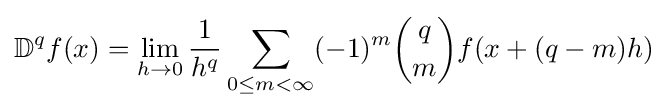
\mathbb {D} ^{q}f(x)=\lim _{h\to 0}{\frac {1}{h^{q}}}\sum _{0\leq m<\infty }(-1)^{m}{q \choose m}f(x+(q-m)h)